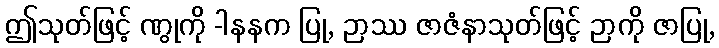
ဤသုတ်ဖြင့် ဏွုကို -ါနနက ပြု, ဉာဿ ဇာဇံနာသုတ်ဖြင့် ဉာကို ဇာပြု,